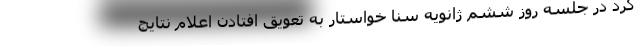
کرد در جلسه روز ششم ژانویه سنا خواستار به تعویق افتادن اعلام نتایج